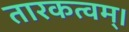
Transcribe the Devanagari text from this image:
तारकत्वम्।